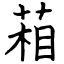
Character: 葙